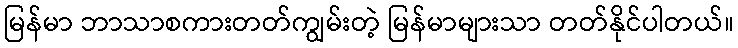
မြန်မာ ဘာသာစကားတတ်ကျွမ်းတဲ့ မြန်မာများသာ တတ်နိုင်ပါတယ်။